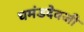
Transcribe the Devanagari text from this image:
घमंडदेवजी